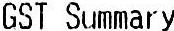
GST SUMMARY